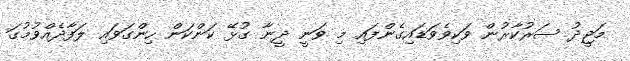
މަޖީދު ސަރުކާރުން ވަކިވެވަޑައިގެންފައި މި ވަނީ ދީނާ ގުޅޭ ކަންކަން ހިންގަވައި ލަފާދެއްވުމުގަ